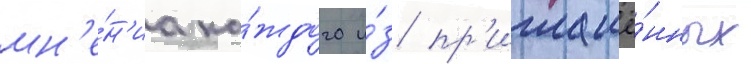
мн'е́н'иа ка́ждого и́з пр'иглашё́нных